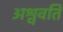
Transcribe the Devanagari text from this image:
अश्ववति